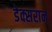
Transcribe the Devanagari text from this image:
डेक्सरान